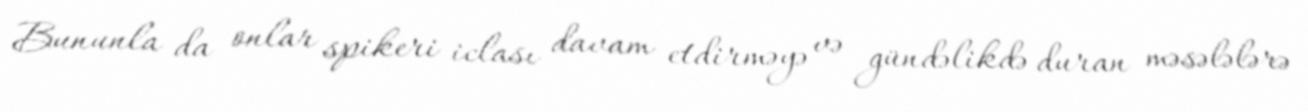
Bununla da onlar spikeri iclası davam etdirməyə və gündəlikdə duran məsələlərə